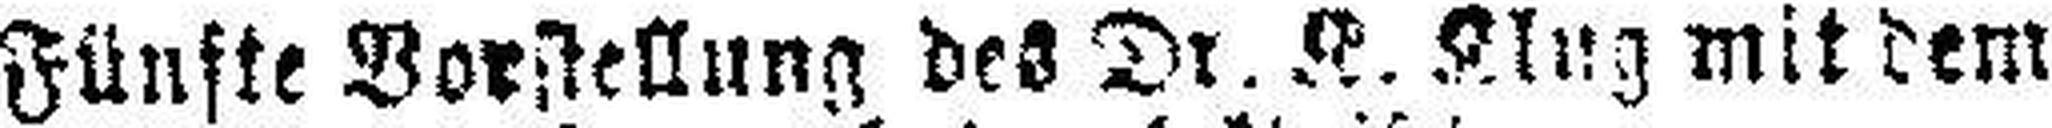
Fünfte Vorstellung des Dr. K. Klug mit dem